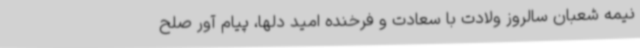
نیمه شعبان سالروز ولادت با سعادت و فرخنده امید دلها، پیام آور صلح